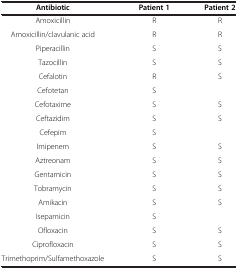
| Antibiotic | Patient 1 | Patient 2 |
 | --- | --- | --- |
 | Amoxicillin | R | R |
 | Amoxicillin/clavulanic acid | R | R |
 | Piperacillin | S | S |
 | Tazocillin | S | S |
 | Cefalotin | R | S |
 | Cefotetan | S |  |
 | Cefotaxime | S | S |
 | Ceftazidim | S | S |
 | Cefepim | S |  |
 | Imipenem | S | S |
 | Aztreonam | S | S |
 | Gentamicin | S | S |
 | Tobramycin | S | S |
 | Amikacin | S | S |
 | Isepamicin | S |  |
 | Ofloxacin | S | S |
 | Ciprofloxacin | S | S |
 | Trimethoprim/Sulfamethoxazole | S | S |